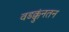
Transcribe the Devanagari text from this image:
वडक्कुंनतन